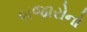
બજારોનો